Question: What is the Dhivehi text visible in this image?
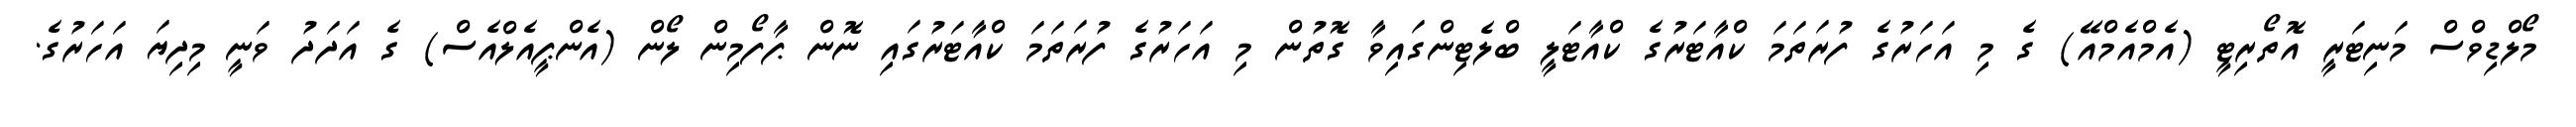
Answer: މޯލްޑިވްސް މަނިޓަރީ އޮތޯރިޓީ (އެމްއެމްއޭ) ގެ މި އަހަރުގެ ފުރަތަމަ ކްއާޓަރުގެ ކްއާޓަލީ ބްލެޓިންގައިވާ ގޮތުން މި އަހަރުގެ ފުރަތަމަ ކްއާޓަރުގައި ނޮން ޕާފޯމިން ލޯން (އެންޕީއެލްއެސް) ގެ އަދަދު ވަނީ މިދިޔަ އަހަރުގެ.